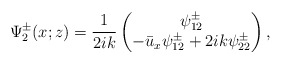
\begin{align*}\Psi^\pm_2(x;z)=\frac{1}{2ik}\begin{pmatrix}\psi^\pm_{12}\\-\bar{u}_x\psi^\pm_{12}+2ik\psi^\pm_{22}\end{pmatrix},\end{align*}